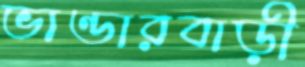
ভাণ্ডারবাড়ী